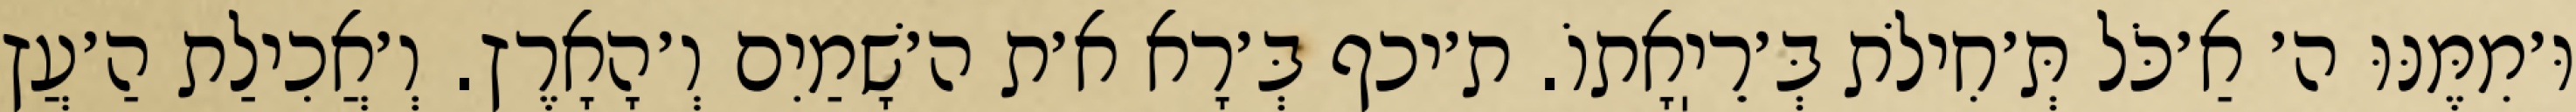
וּ׳מִמֶּנּוּ ה׳ אַ׳כֹּל תְּ׳חִילֹת בְּ׳רֵיֽאָתוֹ. ת׳יכף בְּ׳רָא א׳ת ה׳שָׁמַיִם וְ׳הָאָרֶץ. וְ׳אֲכִילַת הַ׳עֲץ